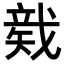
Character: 𥏛